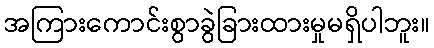
အကြားကောင်းစွာခွဲခြားထားမှုမရှိပါဘူး။